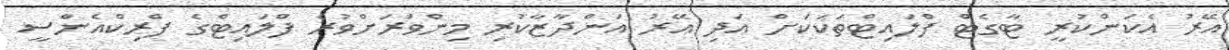
އޭރު އެކަންކުރީ ޓާގެޓް ފްލައިޓްތަކަކަށް އަދި އޭރު އަންދާޒާކުރި މިންވަރަށްވުރެ ފްލައިޓްގެ ފްރިކްއެންސީ